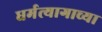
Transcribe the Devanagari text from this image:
धर्मत्यागाच्या